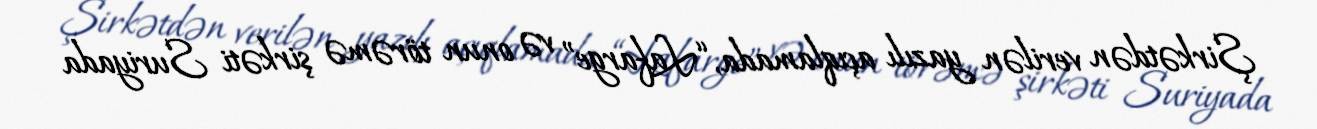
Şirkətdən verilən yazılı açıqlamada, “Lafarge” və onun törəmə şirkəti Suriyada